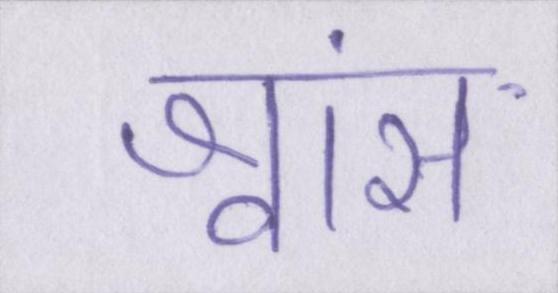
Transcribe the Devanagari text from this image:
श्वांस